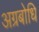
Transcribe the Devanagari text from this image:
अग्रबोधि